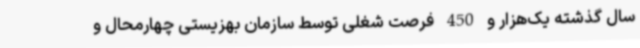
سال گذشته یک‌هزار و 450 فرصت شغلی توسط سازمان بهزیستی چهارمحال و